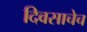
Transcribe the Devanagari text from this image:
दिवसाचेच